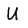
Character: U